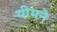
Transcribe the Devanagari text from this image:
यीमने